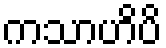
ကသာဟိပိ